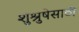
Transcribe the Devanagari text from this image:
शुश्रुषेसाठी